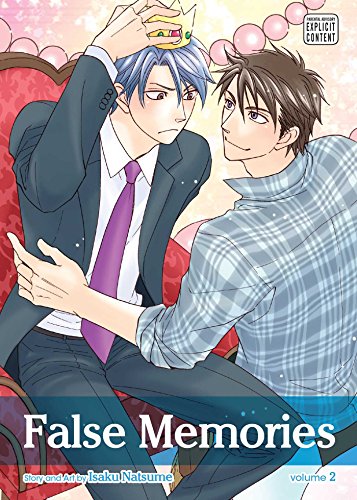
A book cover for False Memories, Vol. 2; Isaku Natsume; Comics & Graphic Novels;